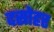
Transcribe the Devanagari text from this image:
दसोहर